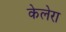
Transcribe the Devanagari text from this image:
केलेरा